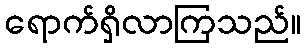
ရောက်ရှိလာကြသည်။